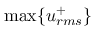
\operatorname* { m a x } \{ u _ { r m s } ^ { + } \}